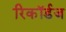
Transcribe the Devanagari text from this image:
रिकॉर्डज